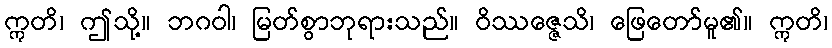
ဣတိ၊ ဤသို့။ ဘဂဝါ၊ မြတ်စွာဘုရားသည်။ ဝိဿဇ္ဇေသိ၊ ဖြေတော်မူ၏။ ဣတိ၊